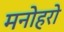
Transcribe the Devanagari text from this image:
मनोहरो